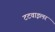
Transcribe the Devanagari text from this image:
टटवाइलर